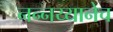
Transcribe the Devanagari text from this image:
नन्नय्यानेच